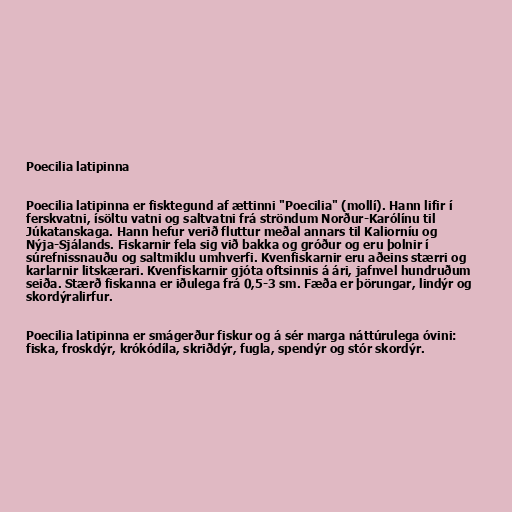
Poecilia latipinna

Poecilia latipinna er fisktegund af ættinni "Poecilia" (mollí). Hann lifir í
ferskvatni, ísöltu vatni og saltvatni frá ströndum Norður-Karólínu til
Júkatanskaga. Hann hefur verið fluttur meðal annars til Kaliorníu og
Nýja-Sjálands. Fiskarnir fela sig við bakka og gróður og eru þolnir í
súrefnissnauðu og saltmiklu umhverfi. Kvenfiskarnir eru aðeins stærri og
karlarnir litskærari. Kvenfiskarnir gjóta oftsinnis á ári, jafnvel hundruðum
seiða. Stærð fiskanna er iðulega frá 0,5-3 sm. Fæða er þörungar, lindýr og
skordýralirfur.

Poecilia latipinna er smágerður fiskur og á sér marga náttúrulega óvini:
fiska, froskdýr, krókódíla, skriðdýr, fugla, spendýr og stór skordýr.